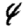
Digit: 4